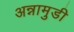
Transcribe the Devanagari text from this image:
अन्नामुडी